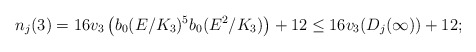
\begin{align*} n_j(3) = 16 v_3\left(b_0(E/K_3)^5 b_0(E^2/K_3)\right)+12 \leq 16 v_3(D_j(\infty))+12; \end{align*}